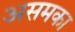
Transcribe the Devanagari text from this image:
असमका